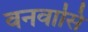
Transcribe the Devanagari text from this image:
वनवासि